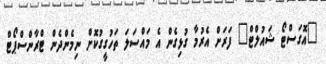
"އޮގަސްޓޯ ޝައުލްޓް" ފަރަށް އެރުމާ ގުޅިގެން އެ މައްސަލަ ތަހުގީގުކޮށް ނިމެންދެން ޓްރާންސްޕޯޓް